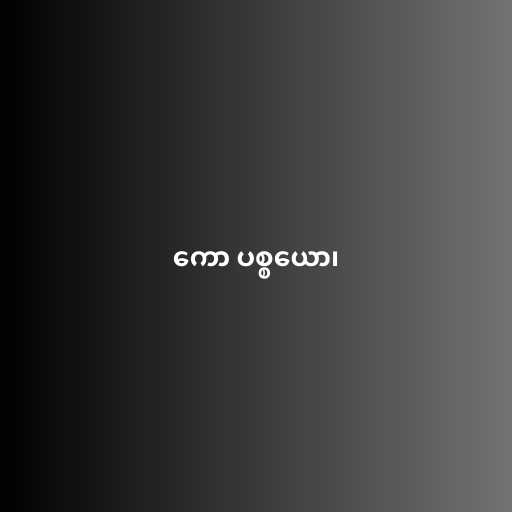
ကော ပစ္စယော၊